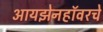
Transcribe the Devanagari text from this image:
आयझेनहॉवरचे